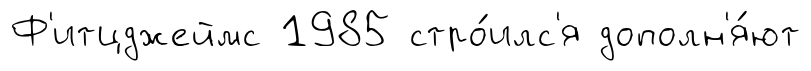
Ф'итцджеймс 1985 стро́илс'я дополн'я́ют